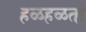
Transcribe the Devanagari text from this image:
हळहळतो